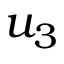
u _ { 3 }